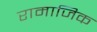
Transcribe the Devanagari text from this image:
रामाजिक